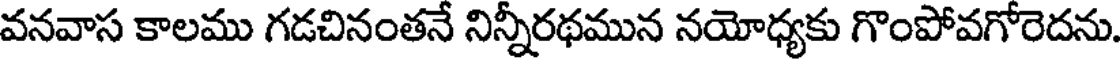
వనవాస కాలము గడచినంతనే నిన్నీరథమున నయోధ్యకు గొంపోవగోరెదను.